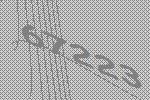
67223